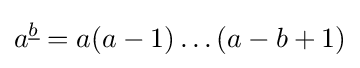
a^{\underline {b}}=a(a-1)\ldots (a-b+1)